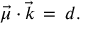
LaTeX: \vec { \mu } \cdot \vec { k } \, = \, d .